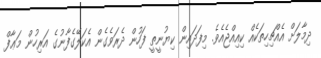
ދިމާލަށް އެއްޗިހިތަކެއް ކިއިއްޖެއެވެ. މިފަދައިން ކިޔުނީތީ ފަހުން ދެރަވެގެން އެކަލޭގެފާނުގެ އަރިހުން މަޢާފް